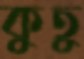
কুতু